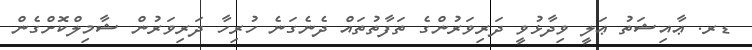
ޑރ. ޢާއިޝަތު ޢަލީ ވިދާޅުވީ ދަރިވަރުންގެ ތަފާތުތައް ދެނެގަނެ ހުރިހާ ދަރިވަރުން ޝާމިލްކޮށްގެން